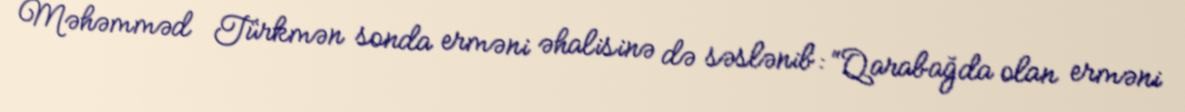
Məhəmməd Türkmən sonda erməni əhalisinə də səslənib: “Qarabağda olan erməni